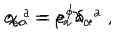
LaTeX: e _ { \alpha } ^ { \; \; a } = e ^ { \phi } \delta _ { \alpha } ^ { \; \; a } \; , \hspace { 1 c m } \chi _ { \alpha } = \rho _ { a } \lambda \; .